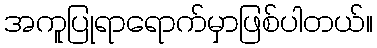
အကူပြုရာရောက်မှာဖြစ်ပါတယ်။